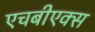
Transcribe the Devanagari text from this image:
एचबीएक्स